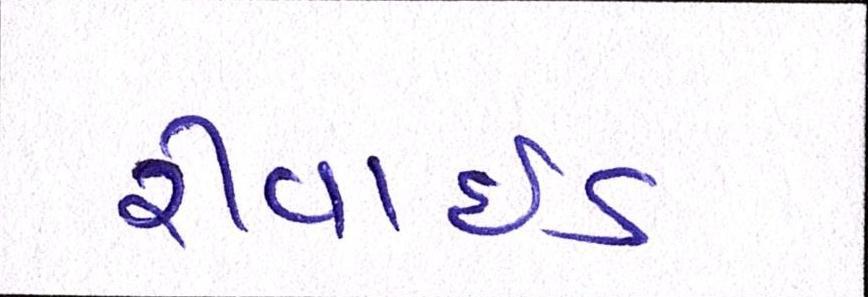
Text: રીવાઇડ